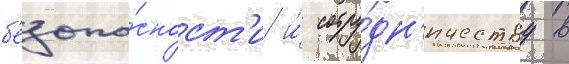
б'езопа́сност'и и́ сотру́дн'ичеству в